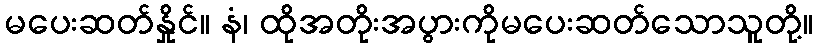
မပေးဆတ်နှိုင်။ နံ၊ ထိုအတိုးအပွားကိုမပေးဆတ်သောသူတို့။